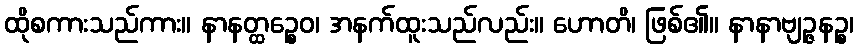
ထိုစကားသည်ကား။ နာနတ္ထဉ္စေဝ၊ အနက်ထူးသည်လည်း။ ဟောတိ၊ ဖြစ်၏။ နာနာဗျဉ္ဇနဉ္စ၊